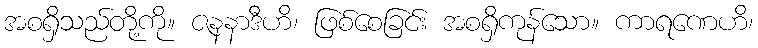
အစရှိသည်တို့ကို။ ဇနနာဒီဟိ၊ ဖြစ်စေခြင်း အစရှိကုန်သော။ ကာရဏေဟိ၊